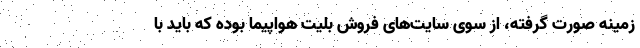
زمینه صورت گرفته، از سوی سایت‌های فروش بلیت هواپیما بوده که باید با